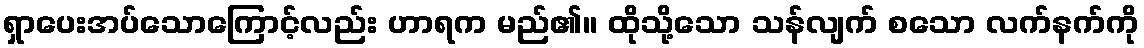
ရှာပေးအပ်သောကြောင့်လည်း ဟာရက မည်၏။ ထိုသို့သော သန်လျက် စသော လက်နက်ကို